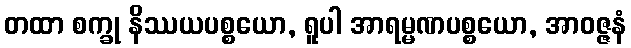
တထာ စက္ခု နိဿယပစ္စယော, ရူပါ အာရမ္မဏပစ္စယော, အာဝဇ္ဇနံ